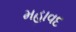
મહાવદ